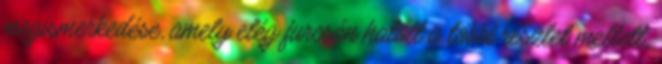
megismerkedése, amely elég furcsán hatott a többi részlet mellett,